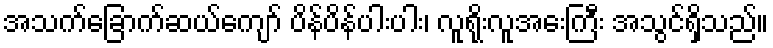
အသက်ခြောက်ဆယ်ကျော် ပိန်ပိန်ပါးပါး၊ လူရိုးလူအေးကြီး အသွင်ရှိသည်။